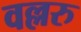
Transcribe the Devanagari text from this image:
वल्लरु